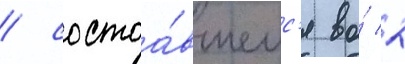
/ состоа́вшемс'я во́ 2